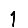
Digit: 1